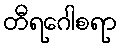
တီရဂေါစရာ